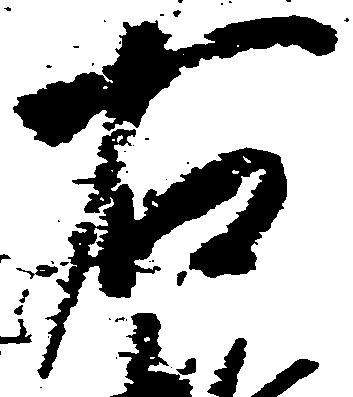
右